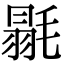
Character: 毾